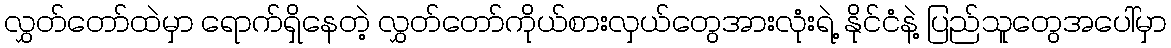
လွှတ်တော်ထဲမှာ ရောက်ရှိနေတဲ့ လွှတ်တော်ကိုယ်စားလှယ်တွေအားလုံးရဲ့ နိုင်ငံနဲ့ ပြည်သူတွေအပေါ်မှာ